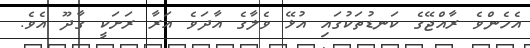
އެހެންވެ ރާއްޖޭގެ ކަނޑުތަކުގައި އުޅޭ ވެލާގެ އާދަވެ އަރާ ރަށަކީ ގާދޫ އެވެ.